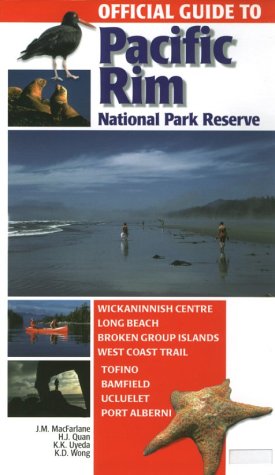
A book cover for Official Guide to Pacific Rim National Park Reserve; J. M. MacFarlane; Travel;